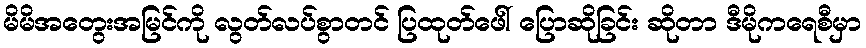
မိမိအတွေးအမြင်ကို လွတ်လပ်စွာတင် ပြထုတ်ဖေါ် ပြောဆိုခြင်း ဆိုတာ ဒီမိုကရေစီမှာ